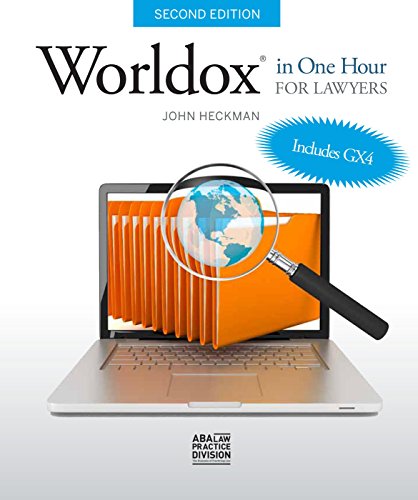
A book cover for Worldox in One Hour for Lawyers; John Heckman; Computers & Technology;